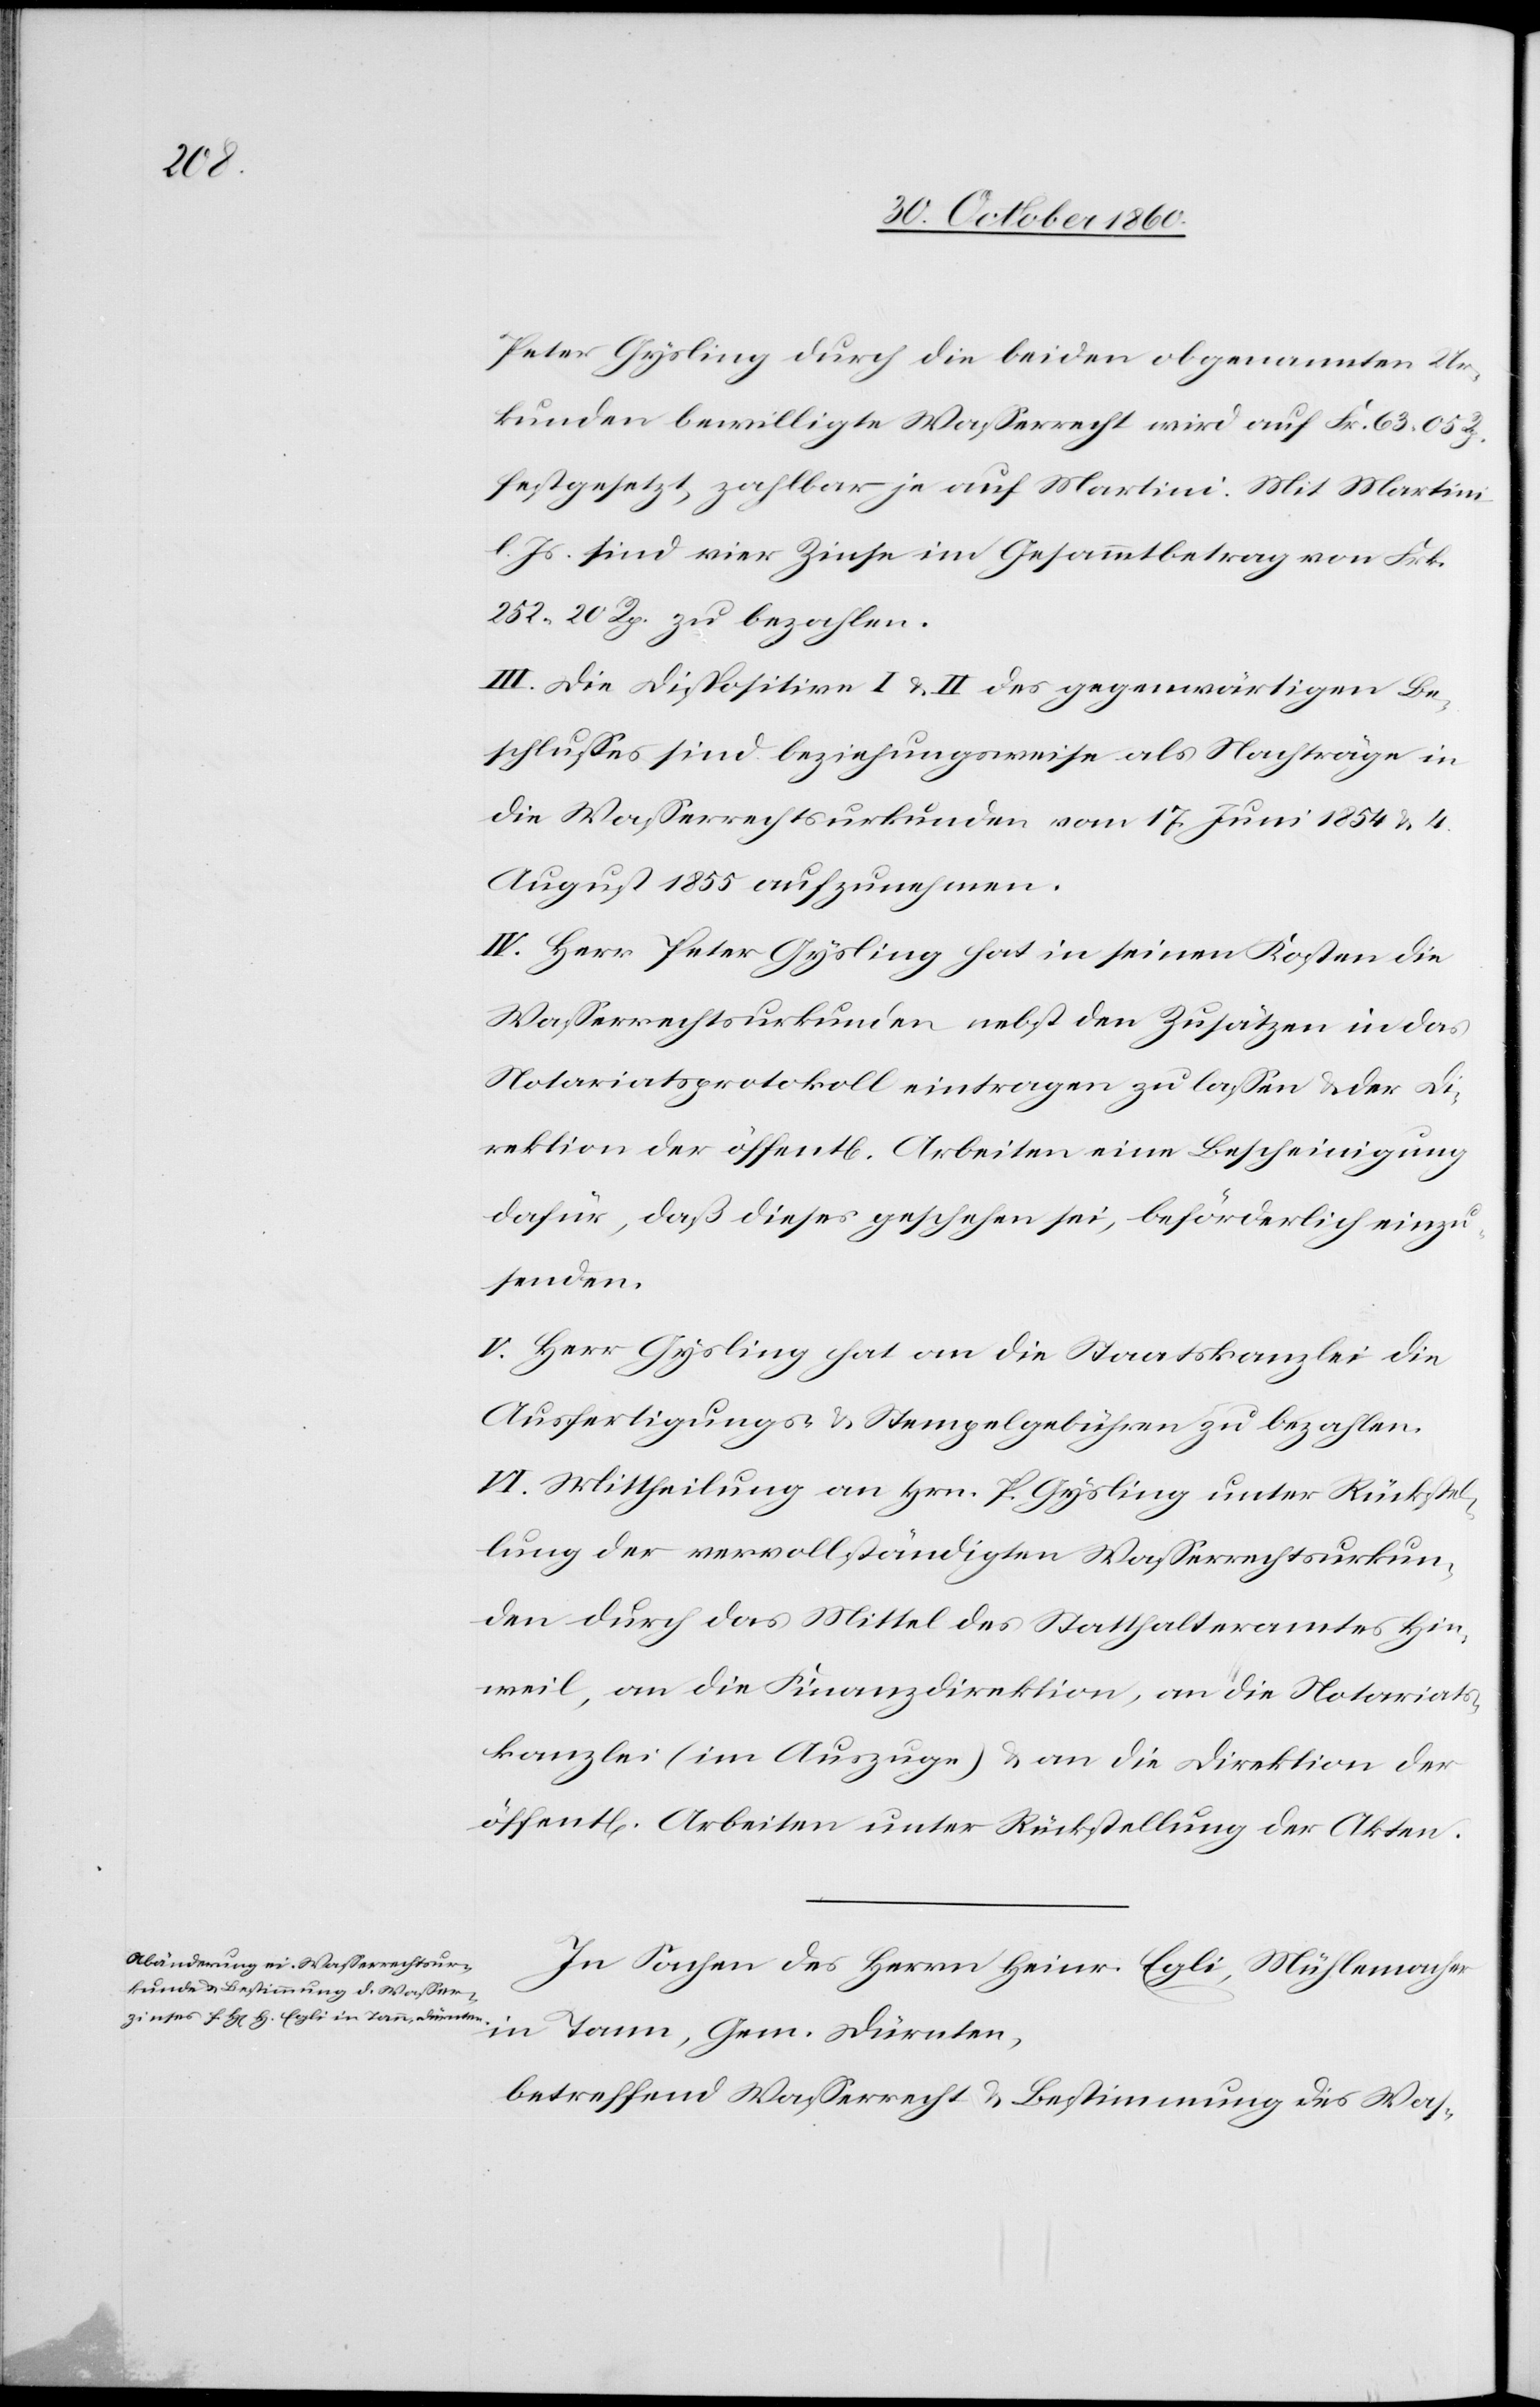
Rp.

Peter Gysling durch die beiden obgenannten Ur¬
kunden bewilligte Wasserrecht wird auf Fr. 63 05
festgesetzt, zahlbar je auf Martini. Mit Martini
l. Js. sind vier Zinse im Gesammtbetrag von Frk.
252 20 Rp. zu bezahlen.
III. Die Dispositive I u. II des gegenwärtigen Be¬
schlusses sind beziehungsweise als Nachträge in
die Wasserrechtsurkunden vom 17. Juni 1854 u. 4.
August 1855 aufzunehmen.
IV. Herr Peter Gysling hat in seinen Kosten die
Wasserrechtsurkunden nebst den Zusätzen in das
Notariatsprotokoll eintragen zu lassen u. der Di¬
rektion der öffent[lichen] Arbeiten eine Bescheinigung
dafür, daß dieses geschehen sei, beförderliche einzu¬
senden.
V. Herr Gysling hat an die Staatskanzlei die
Ausfertigungs- u. Stempelgebühren zu bezahlen.
VI. Mittheilung an Hrn. P. Gysling unter Rückstel¬
lung der vervollständigten Wasserrechtsurkun¬
de durch das Mittel des Statthalteramtes Hin¬
weil, an die Finanzdirektion, an die Notariats¬
kanzlei (im Auszuge) u. an die Direktion der
öffent[lichen] Arbeiten unter Rückstellung der Akten.
In Sachen des Herrn Heinr. Egli, Mühlemacher
in Tann, Gem. Dürnten,
betreffend Wasserrecht u. Bestimmung des Was-